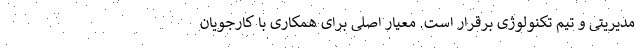
مدیریتی و تیم تکنولوژی برقرار است. معیار اصلی برای همکاری با کارجویان